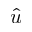
\hat { u }